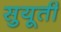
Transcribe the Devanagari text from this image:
सुयूती